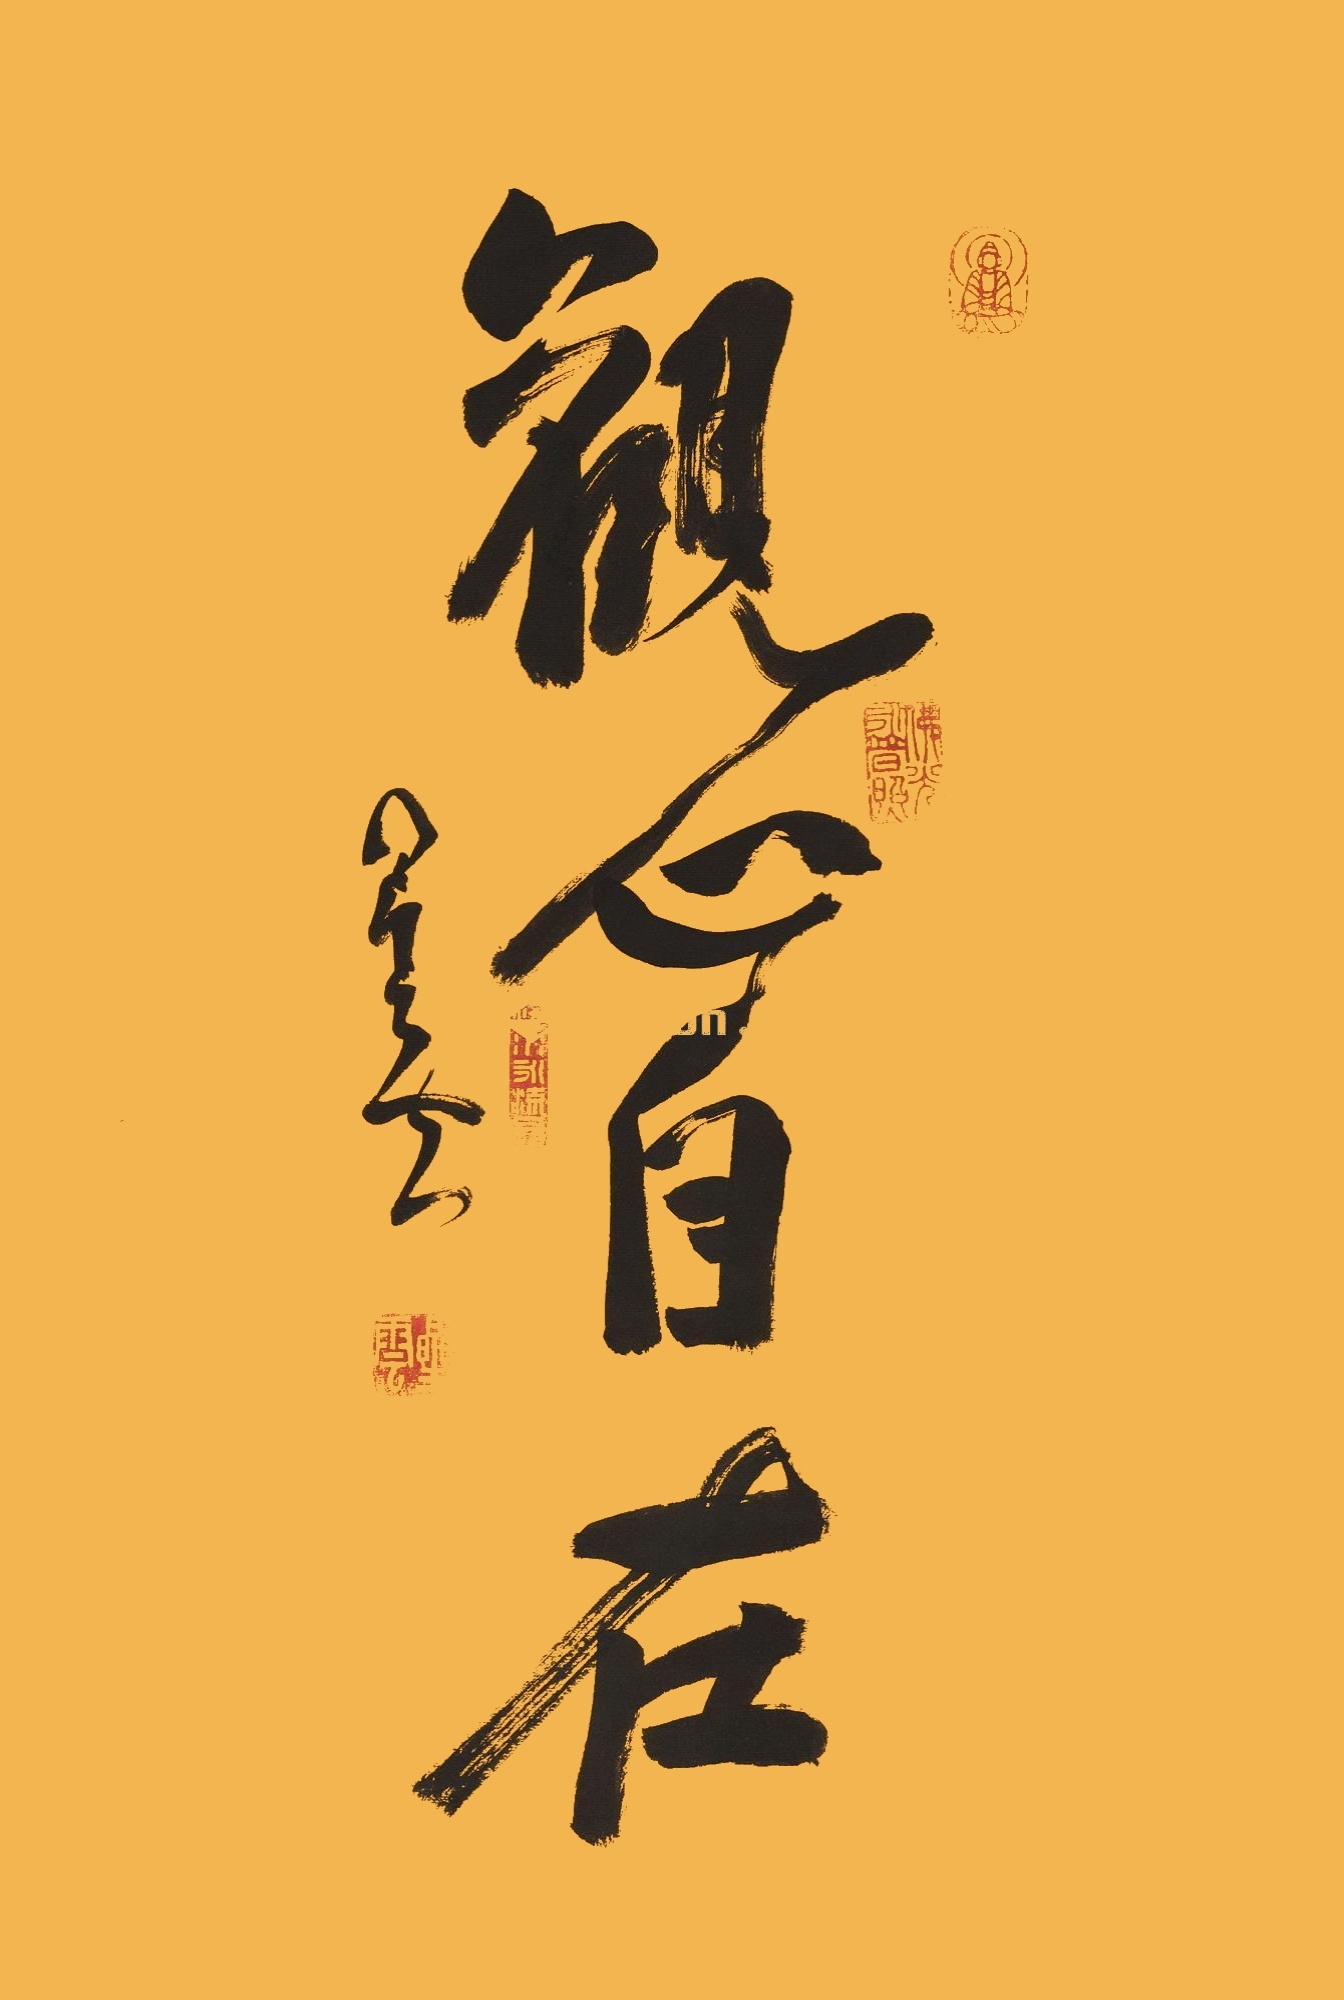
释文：观心自在星云。